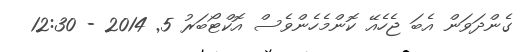
ގެންދަވަން އެބަ ޖެހެއޭ ކޮންމެހެންވެސް އޮކްޓޯބަރު 5